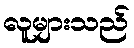
လူများသည်